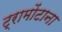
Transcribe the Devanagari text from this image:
ट्रामोंटाना